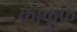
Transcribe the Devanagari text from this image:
क्राकुफ़